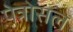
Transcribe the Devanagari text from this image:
पेत्रोसल